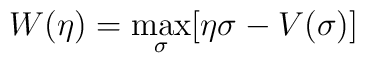
W(\eta)=\max_{\sigma}[\eta\sigma-V(\sigma)]